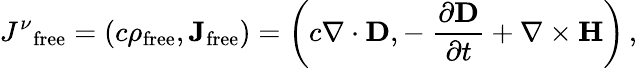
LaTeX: {J^{\nu}}_{\mathrm{free}}=(c\rho_{\mathrm{free}},\mathbf{J}_{\mathrm{free}})=\left(c\nabla\cdot\mathbf{D},-\ {\frac{\partial\mathbf{D}}{\partial t}}+\nabla\times\mathbf{H}\right)\, ,